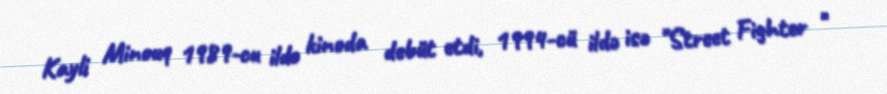
Kayli Minouq 1989-cu ildə kinoda debüt etdi, 1994-cü ildə isə "Street Fighter "